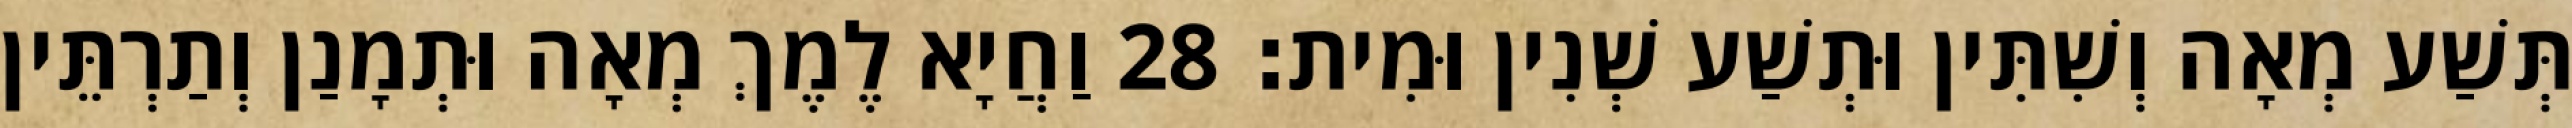
תְּשַׁע מְאָה וְשִׁתִּין וּתְשַׁע שְׁנִין וּמִית׃ 28 וַחֲיָא לֶמֶךְ מְאָה וּתְמָנַן וְתַרְתֵּין